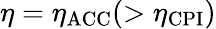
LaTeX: \eta=\eta_{\mathrm{ACC}}(>\eta_{\mathrm{CPI}})